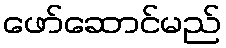
ဖော်ဆောင်မည်